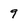
Character: 9